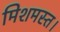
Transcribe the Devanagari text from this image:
मिशमस्त।